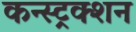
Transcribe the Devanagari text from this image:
कन्स्ट्रक्‍शन